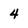
Character: 4